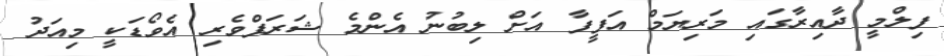
ފިލްމީ ދާއިރާގައި މަރިޔަމް އަފީފާ އަށް ލިބުނު އެންމެ ޝަރަފްވެރި އެވޯޑަކީ މިއަދު